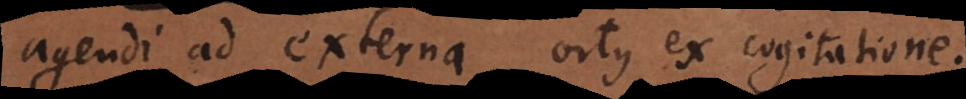
agendi ad externa ortus ex cogitatione.